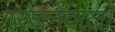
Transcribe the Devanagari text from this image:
गरजनेवाला